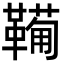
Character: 𩍁